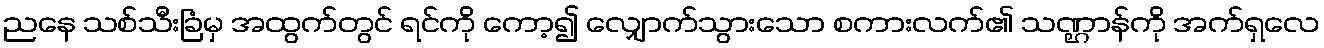
ညနေ သစ်သီးခြံမှ အထွက်တွင် ရင်ကို ကော့၍ လျှောက်သွားသော စကားလက်၏ သဏ္ဌာန်ကို အက်ရှလေ